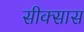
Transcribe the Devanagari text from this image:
सीक्सास